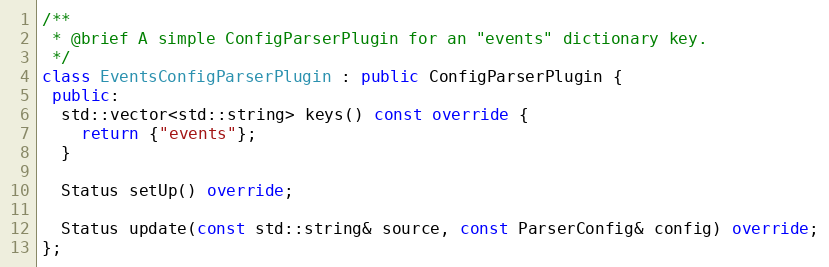
Language: C++
/**
 * @brief A simple ConfigParserPlugin for an "events" dictionary key.
 */
class EventsConfigParserPlugin : public ConfigParserPlugin {
 public:
  std::vector<std::string> keys() const override {
    return {"events"};
  }

  Status setUp() override;

  Status update(const std::string& source, const ParserConfig& config) override;
};